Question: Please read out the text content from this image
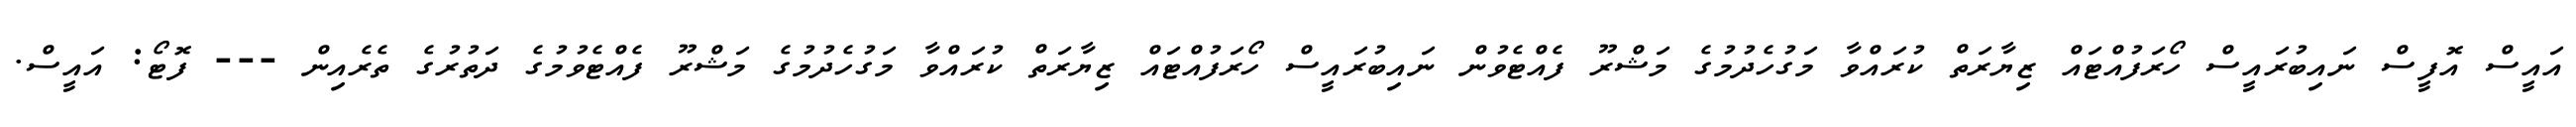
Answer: އައީސް އޮފީސް ނައިބުރައީސް ހޯރަފުއްޓައް ޒިޔާރަތް ކުރައްވާ މަގުހެދުމުގެ މަޝްރޫ ފެއްޓެވުން ނައިބުރައީސް ހޯރަފުއްޓައް ޒިޔާރަތް ކުރައްވާ މަގުހެދުމުގެ މަޝްރޫ ފެއްޓެވުމުގެ ދަތުރުގެ ތެރެއިން --- ފޮޓޯ: އައީސް.